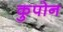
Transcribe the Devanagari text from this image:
कुपोन